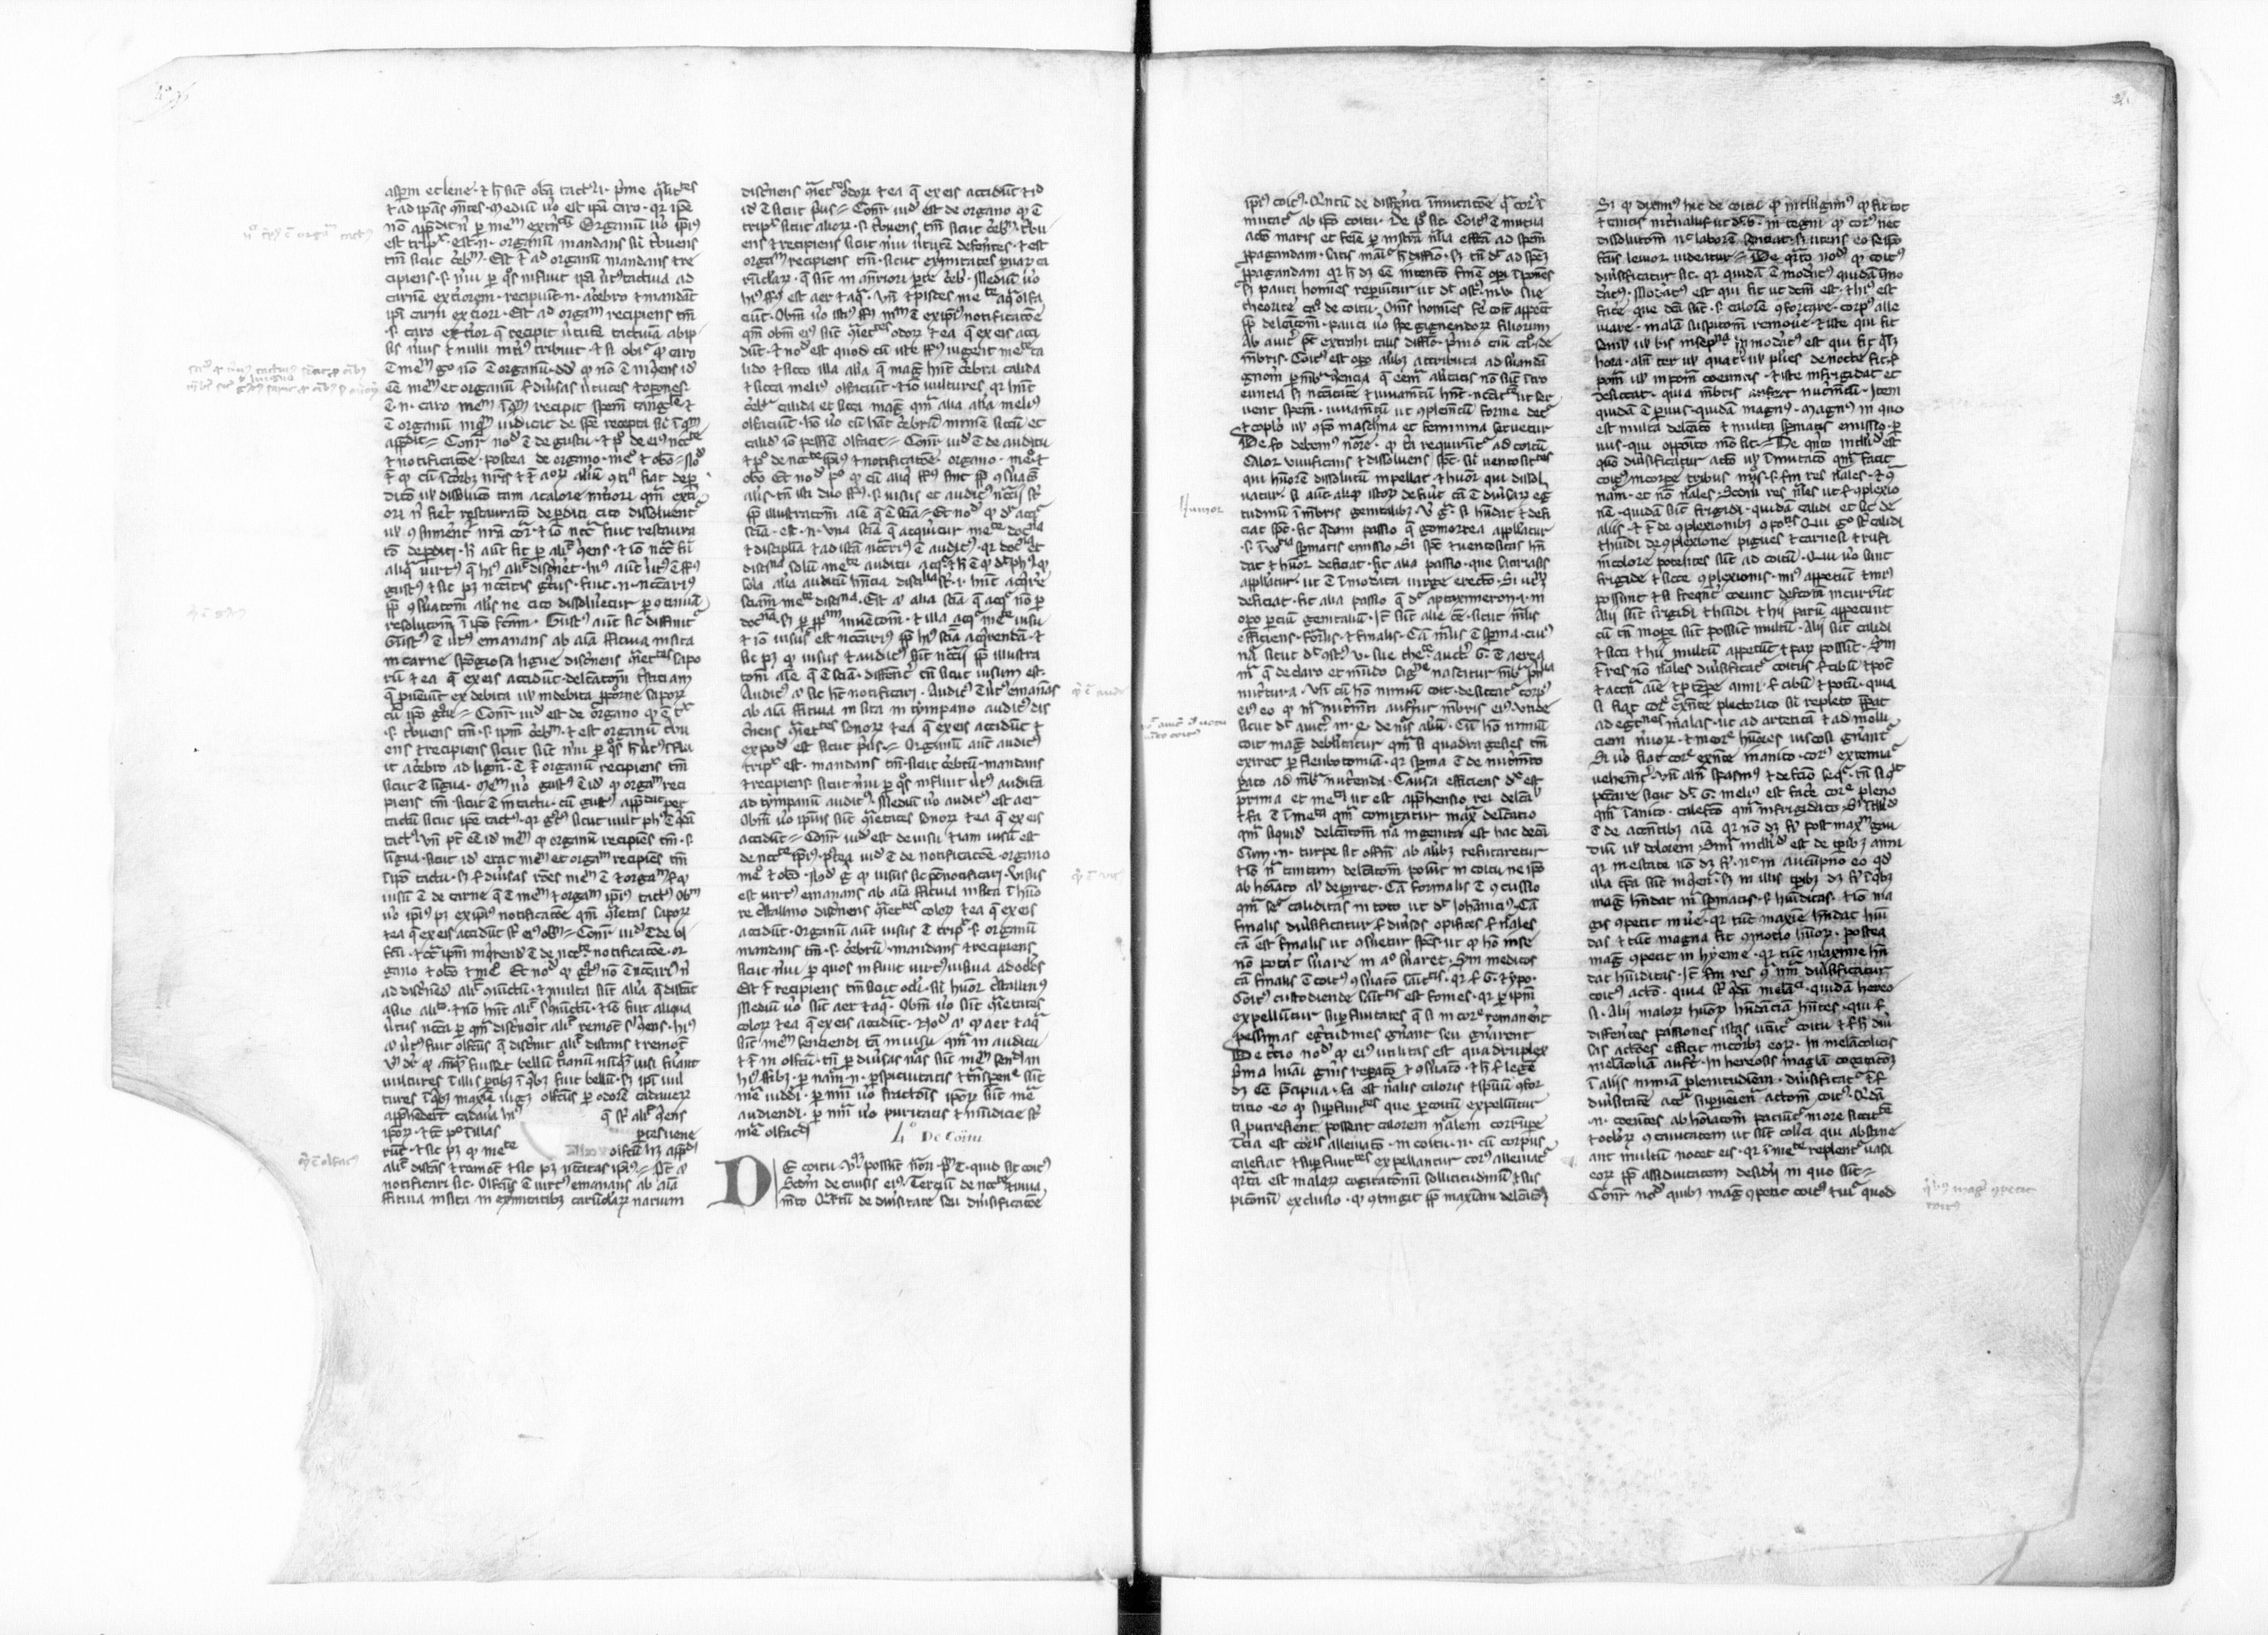
Shelfmark: Paris, BnF, lat. 16195
Century: 13